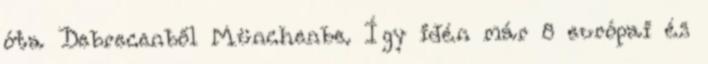
óta Debrecenből Münchenbe. Így idén már 8 európai és